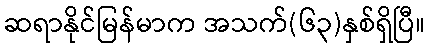
ဆရာနိုင်မြန်မာက အသက်(၆၃)နှစ်ရှိပြီ။